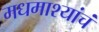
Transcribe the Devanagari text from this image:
मधमाश्यांचं